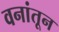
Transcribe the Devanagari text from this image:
वनांतून